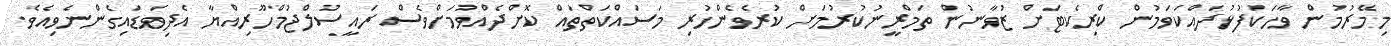
މިމޭރުމުން ވާހަކަފުޅުދައްކަވަމުން ކްރިކެޓަށް ޒުވާނުން ތަމްރީނުކުރުމަށް ކުރެވެންހުރި މަސައްކަތްތައް ކޮށްދެއްވުމަށްވެސް ރައީސުލްޖުމްހޫރިއްޔާ އެދިވަޑައިގެންނެވިއެވެ.